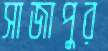
সাজাপুর